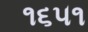
૧૬૫૧